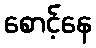
စောင့်နေ